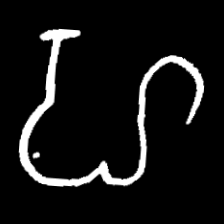
Pyu character \u2014 Myanmar letter: ဟ (romanized: ha)